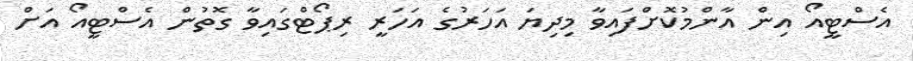
އެސްޓީއޯ އިން އާންމުކޮށްފައިވާ މިދިޔަ އަހަރުގެ އަހަރީ ރިޕޯޓްގައިވާ ގޮތުން އެސްޓީއޯ އަށް